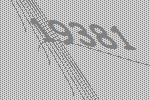
19381